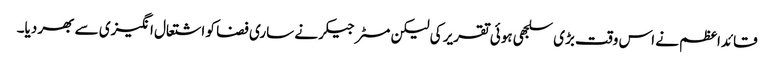
قائداعظم نے اس وقت بڑی سلجھی ہوئی تقریر کی لیکن مسٹر جیکر نے ساری فضا کو اشتعال انگیزی سے بھر دیا۔